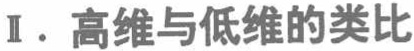
I. 高维与低维的类比